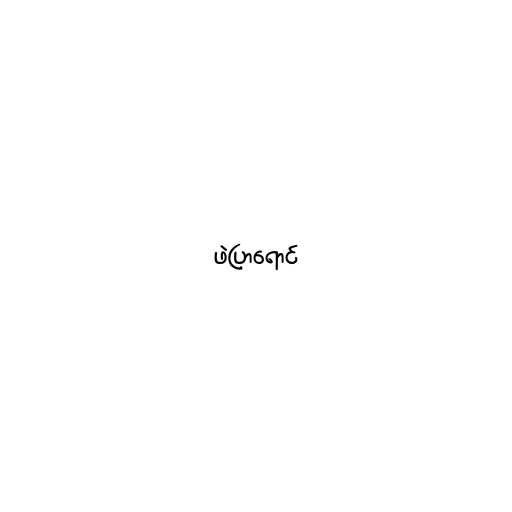
ဖဲပြာရောင်